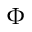
\Phi